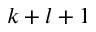
k + l + 1